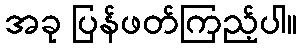
အခု ပြန်ဖတ်ကြည့်ပါ။